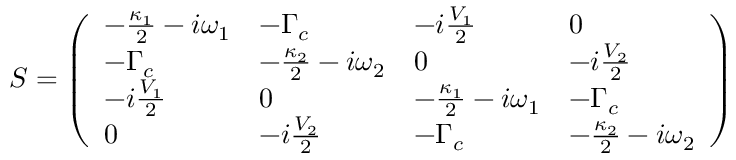
S = \left( \begin{array} { l l l l } { - \frac { \kappa _ { 1 } } { 2 } - i \omega _ { 1 } } & { - \Gamma _ { c } } & { - i \frac { V _ { 1 } } { 2 } } & { 0 } \\ { - \Gamma _ { c } } & { - \frac { \kappa _ { 2 } } { 2 } - i \omega _ { 2 } } & { 0 } & { - i \frac { V _ { 2 } } { 2 } } \\ { - i \frac { V _ { 1 } } { 2 } } & { 0 } & { - \frac { \kappa _ { 1 } } { 2 } - i \omega _ { 1 } } & { - \Gamma _ { c } } \\ { 0 } & { - i \frac { V _ { 2 } } { 2 } } & { - \Gamma _ { c } } & { - \frac { \kappa _ { 2 } } { 2 } - i \omega _ { 2 } } \end{array} \right)